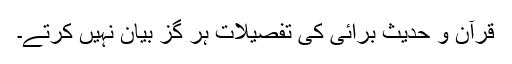
قرآن و حدیث برائی کی تفصیلات ہر گز بیان نہیں کرتے۔